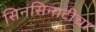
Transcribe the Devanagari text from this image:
सिनसिनाटीचा